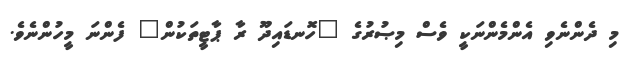
މި ދެންނެވި އެންމެންނަކީ ވެސް މިޞުރުގެ "ހޮނޑައިދޫ ރާ ޕާޓީތަކުން" ފެންނަ މީހުންނެވެ.